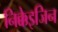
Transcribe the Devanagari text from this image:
निक्केइजिन